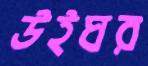
উইঘর